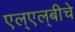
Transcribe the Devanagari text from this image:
एल्‌एल्‌बीचे